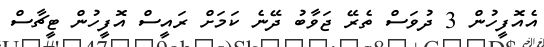
އެއޮފީހުން 3 ދުވަސް ތެރޭ ޖަވާބު ދޭނެ ކަމަށް ރައީސް އޮފީހުން ޓީޗާސް